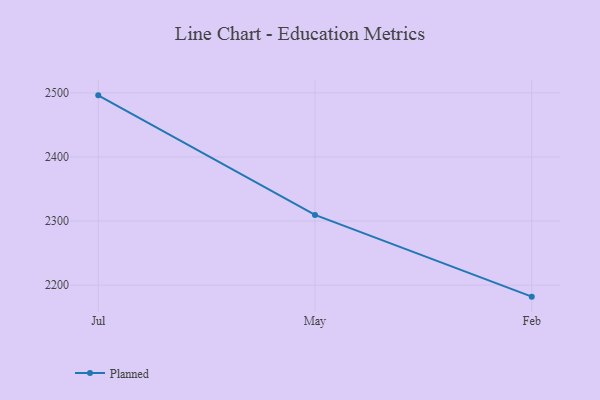
{"axis": {"x": "Month", "y": "Energy Usage (MWh)"}, "legend": ["Planned"], "data": [{"x": "Jul", "y": 2496.2, "type": "Planned"}, {"x": "May", "y": 2309.6, "type": "Planned"}, {"x": "Feb", "y": 2182.0, "type": "Planned"}]}